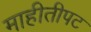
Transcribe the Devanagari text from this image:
माहीतीपट